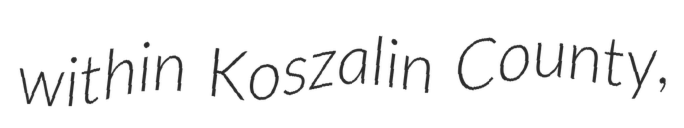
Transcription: within Koszalin County,